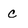
Character: c